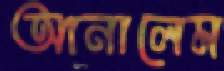
আনালেম